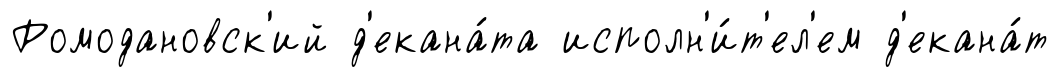
Ромодановск'ий д'екана́та исполн'и́т'ел'ем д'екана́т